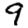
Digit: 9